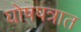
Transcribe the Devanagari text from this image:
घोषपत्रात